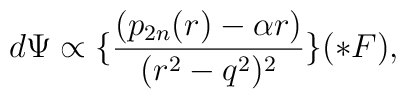
d\Psi \propto \lbrace \frac{(p_{2n}(r) - \alpha r)}{(r^2 - q^2)^2}\rbrace (\ast F),